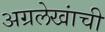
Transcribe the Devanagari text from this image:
अग्रलेखांची